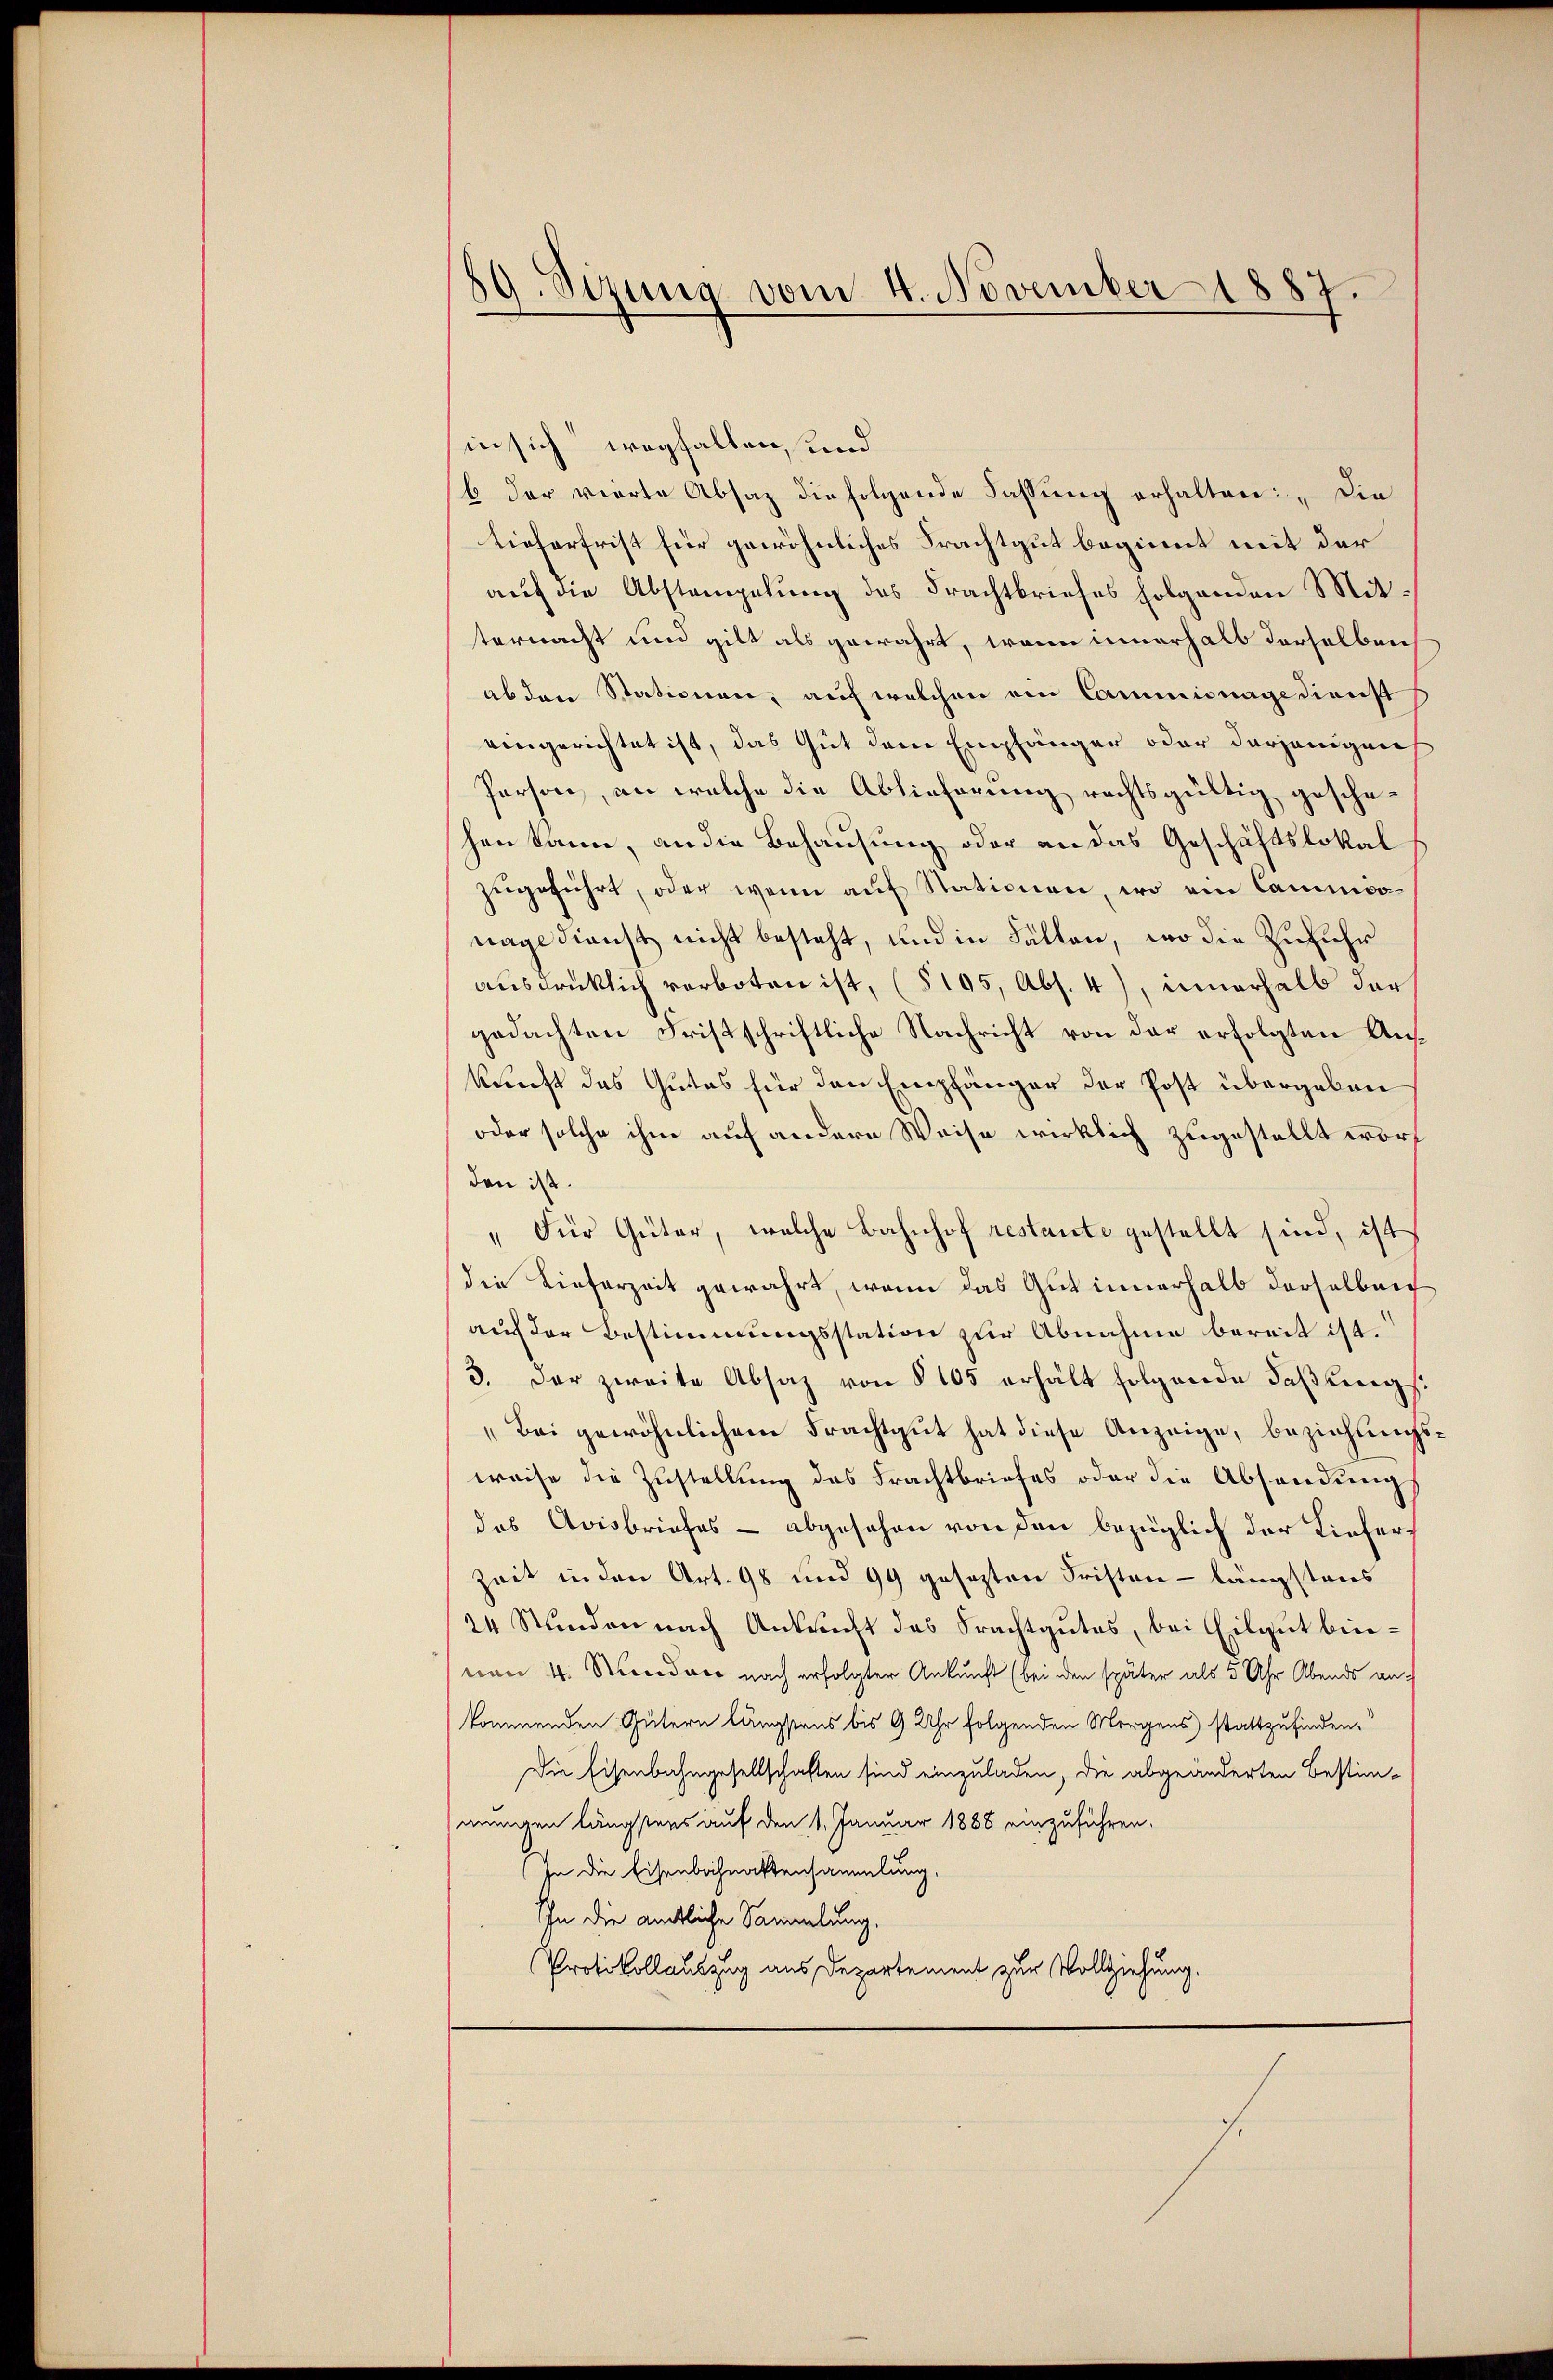
in sich wegfallen, und
b der vierte Absaz die folgende Fassung erhalten: „Die
tieferfrist für gewöhnliches Frachtgut beginnt mit der
auf die Abstampelung des Frachtbriefes folgenden Mitternacht und gilt als gewahrt, wenn innerhalb derselben
ab den Stationen, auf welchen ein Commisnage dienst
eingerichtet ist, das Gut dem Empfänger oder derjenigens
Person, an welche die Ablieferung rechtsgültig geschehen kann, an die Behausung oder an das Geschäftslokal
zugeführt, oder wenn auf Stationen, wo ein Cammoonage dienst nicht besteht, und in Fällen, wo die Zufuhr
ausdrücklich verboten ist, (§ 195, Abs. 4), innerhalb der
gedachten Fristschriftliche Nachricht von der erfolgten Auskunft das Gutes für den Empfänger der Post übergeben
oder solche ihm auf andere Weise wirklich zugestellt worden ist.
"Für Güter, welche Bahnhof restante gestellt sind, ist
die Lieferzeit gewahrt, wenn das Gut innerhalb derselben
auf der Bestimmungsstation zur Abnahme bereit ist.
3. Der zweite Absaz von § 105 erhält folgende Faßungs¬
„Bei gewöhnlichem Frachtgut hat diese Anzeige, beziehungsweise die Zustellung des Frachtbriefes oder die Absendung
des Avisbriefes - abgesehen von den bezüglich der Liefer¬
Zeit in den Art. 98 und 99 gesezten Fristen - längstens
24 Stunden nach Antricht des Frachtgutes, bei Eilgut binvon 4. Mendrer nach erfolgter Ankunft (bei den später als 5 Uhr Abends ankommenden Gütern längstens bis 9 Uhr folgenden Morgens stattzufinden.
Die Eisenbahngesellschaften sind einzuladen, die abgeänderten Bestim-
mungen längstens auf den 1. Januar 1888 einzuführen.
In die Eisenbahnaktensammlung,
Ihn die amtliche Sammlung.
Protokollauszug aus Departement zur Vollziehung.

59. Sizung vom 4. November 1887.

s.